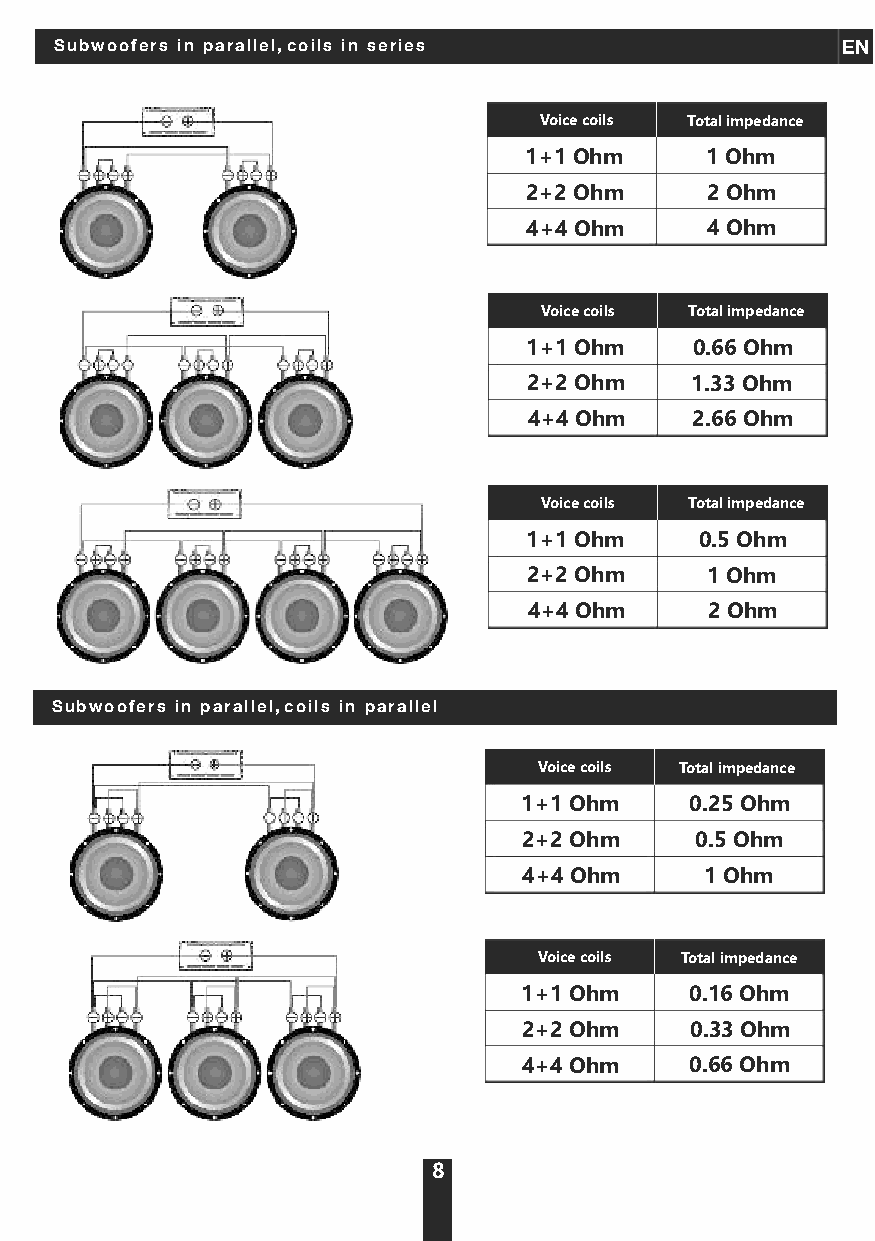
Subwoofers in parallel, coils in series             EN
 Voice coils Total impedance
 1+1 Ohm     1 Ohm
 2+2 Ohm     2 Ohm
 4+4 Ohm     4 Ohm
 Voice coils Total impedance
 1+1 Ohm    0.66 Ohm
 2+2 Ohm    1.33 Ohm
 4+4 Ohm    2.66 Ohm
 Voice coils Total impedance
 1+1 Ohm    0.5 Ohm
 2+2 Ohm     1 Ohm
 4+4 Ohm     2 Ohm
 Subwoofers in parallel, coils in parallel
 Voice coils Total impedance
 1+1 Ohm     0.25 Ohm
 2+2 Ohm    0.5 Ohm
 4+4 Ohm     1 Ohm
 Voice coils Total impedance
 1+1 Ohm     0.16 Ohm
 2+2 Ohm     0.33 Ohm
 4+4 Ohm    0.66 Ohm
 8